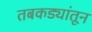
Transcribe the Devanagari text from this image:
तबकड्यांतून